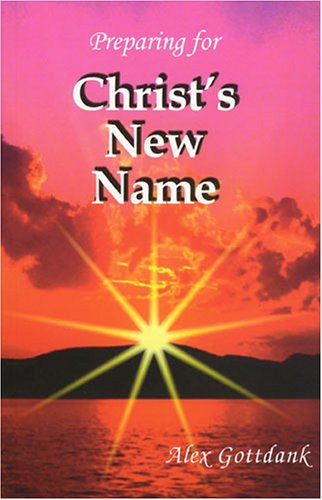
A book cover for Preparing for Christ's New Name; Alex Gottdank; Religion & Spirituality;